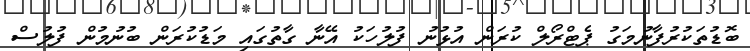
ބޮޑުތަކުރުފާނުމަގު ޕެޓްރޯލް ކުރަން އުޅުނު ފުލުހަކު އޭނާ ގާތުގައި މަޑުކުރަން ބުނުމުން ފުލުސް